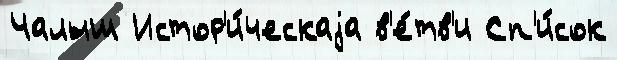
Чалыш Истор'и́ческаjа в'е́тв'и Сп'и́сок